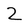
Character: 2